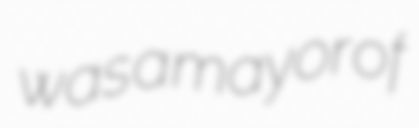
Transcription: was a mayor of